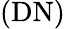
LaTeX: (\mathrm{DN})